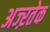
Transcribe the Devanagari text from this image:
अज्ऱतेक